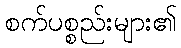
စက်ပစ္စည်းများ၏